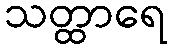
သတ္ထာရေ